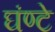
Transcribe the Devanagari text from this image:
घंण्टे